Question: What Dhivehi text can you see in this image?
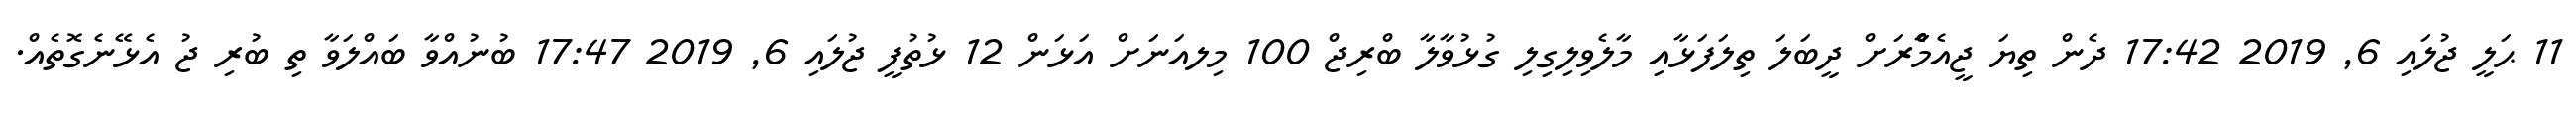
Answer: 11 ޙަލީ ޖުލައި 6, 2019 17:42 ދެން ތިޔަ ޖީއެމްެާރަށް ދީބަލަ ތިލަފަޅާއި މާލެވިލިގިލި ގުޅުވާލާ ބްރިޖް 100 މިލއަނަށް އަޅަން 12 ޅުތުފީ ޖުލައި 6, 2019 17:47 ބުނުއްވާ ބައްލަވާ ތި ބުރި ޖު އެޅޭނެގޮތެއް.